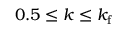
0 . 5 \le k \le k _ { \mathrm { f } }